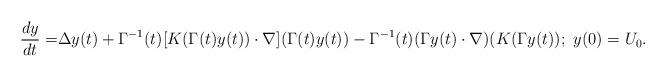
LaTeX: \begin{align*}\begin{aligned}\frac{d y}{dt}=&\Delta y(t)+\Gamma^{-1}(t)[K(\Gamma(t)y(t))\cdot \nabla](\Gamma(t)y(t))-\Gamma^{-1}(t)(\Gamma y(t)\cdot\nabla)(K(\Gamma y(t));\ y(0)=U_0.\end{aligned}\end{align*}